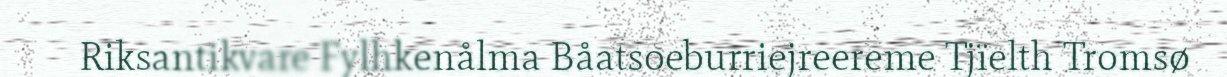
Riksantikvare Fylhkenålma Båatsoeburriejreereme Tjïelth Tromsø